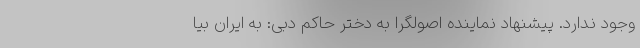
وجود ندارد. پیشنهاد نماینده اصولگرا به دختر حاکم دبی: به ایران بیا